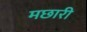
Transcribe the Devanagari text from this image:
मछारी